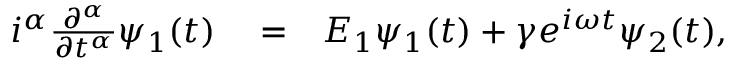
\begin{array} { r l r } { i ^ { \alpha } \frac { \partial ^ { \alpha } } { \partial t ^ { \alpha } } \psi _ { 1 } ( t ) } & { { } = } & { E _ { 1 } \psi _ { 1 } ( t ) + \gamma e ^ { i \omega t } \psi _ { 2 } ( t ) , } \end{array}